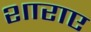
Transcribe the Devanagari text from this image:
शाराए